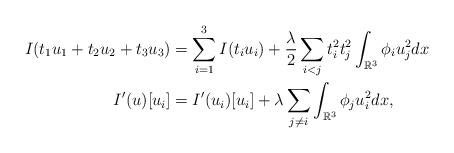
LaTeX: \begin{align*} I(t_1u_1+t_2u_2+t_3u_3)&=\sum_{i=1}^3I(t_iu_i)+\frac{\lambda}{2}\sum_{i<j}t_{i}^{2}t_{j}^{2}\int_{\mathbb R^3}\phi_iu_j^2dx\\ I'(u)[u_i]&=I'(u_i)[u_i]+\lambda\sum_{j\neq i}\int_{\mathbb R^3}\phi_ju_i^2dx, \end{align*}